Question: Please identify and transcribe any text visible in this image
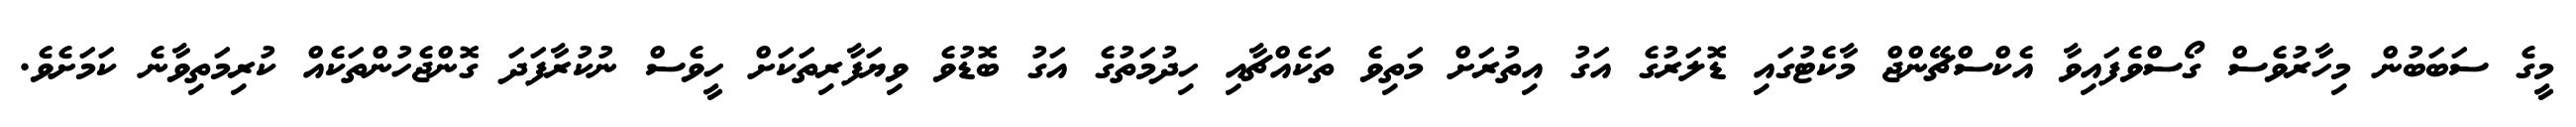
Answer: މީގެ ސަބަބުން މިހާރުވެސް ގޯސްވެފައިވާ އެކްސްޗޭންޖް މާކެޓުގައި ޑޮލަރުގެ އަގު އިތުރަށް މަތިވެ ތަކެއްޗާއި ހިދުމަތުގެ އަގު ބޮޑުވެ ވިޔަފާރިތަކަށް ހީވެސް ނުކުރާފަދަ ގޮންޖެހުންތަކެއް ކުރިމަތިވާނެ ކަމަށެވެ.